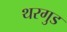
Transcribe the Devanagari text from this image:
थरगुड